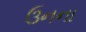
ઉનના